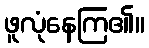
ဖူလုံနေကြ၏။